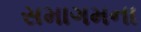
સમાગમના